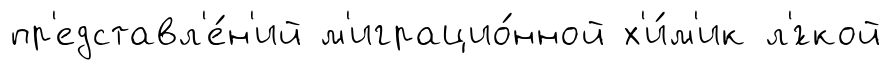
пр'едставл'е́н'ий м'играцио́нной х'и́м'ик л'́гкой